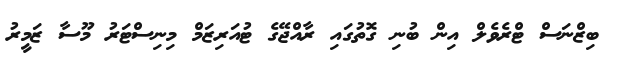
ބިޒްނަސް ޓްރެވެލް އިން ބުނި ގޮތުގައި ރާއްޖޭގެ ޓުއަރިޒަމް މިނިސްޓަރު މޫސާ ޒަމީރު